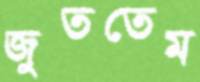
জুততেম